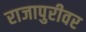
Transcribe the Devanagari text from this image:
राजापुरीवर